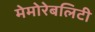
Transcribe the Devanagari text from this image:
मेमोरेबलिटी